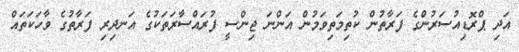
އަދި ޕްރޮޑިއުސަރުންގެ ފަރާތުން ކުތިމަތިވަމުން އަންނަ ޖިންސީ ފުރައްސާރަތަކުގެ އަނދިރި ފަރާތުގެ ވާހަކަތައް